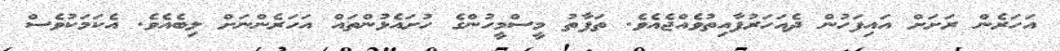
އަހަރެން ރަށަށް އައިފަހުން ދެއަހަރުފާއިތުވެއްޖެއެވެ. ތަފާތު މީސްމީހުންގެ ހުށައެޅުންތައް އަހަރެންނަށް ލިބެއެވެ. އެކަމަކުވެސް